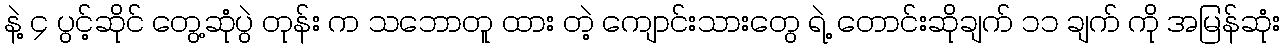
နဲ့ ၄ ပွင့်ဆိုင် တွေ့ဆုံပွဲ တုန်း က သဘောတူ ထား တဲ့ ကျောင်းသားတွေ ရဲ့ တောင်းဆိုချက် ၁၁ ချက် ကို အမြန်ဆုံး